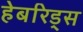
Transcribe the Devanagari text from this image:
हेबरिड्स